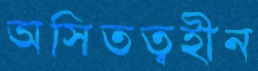
অসিতত্বহীন